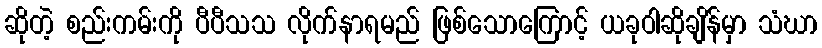
ဆိုတဲ့ စည်းကမ်းကို ပီပီသသ လိုက်နာရမည် ဖြစ်သောကြောင့် ယခုဝါဆိုချိန်မှာ သံဃာ